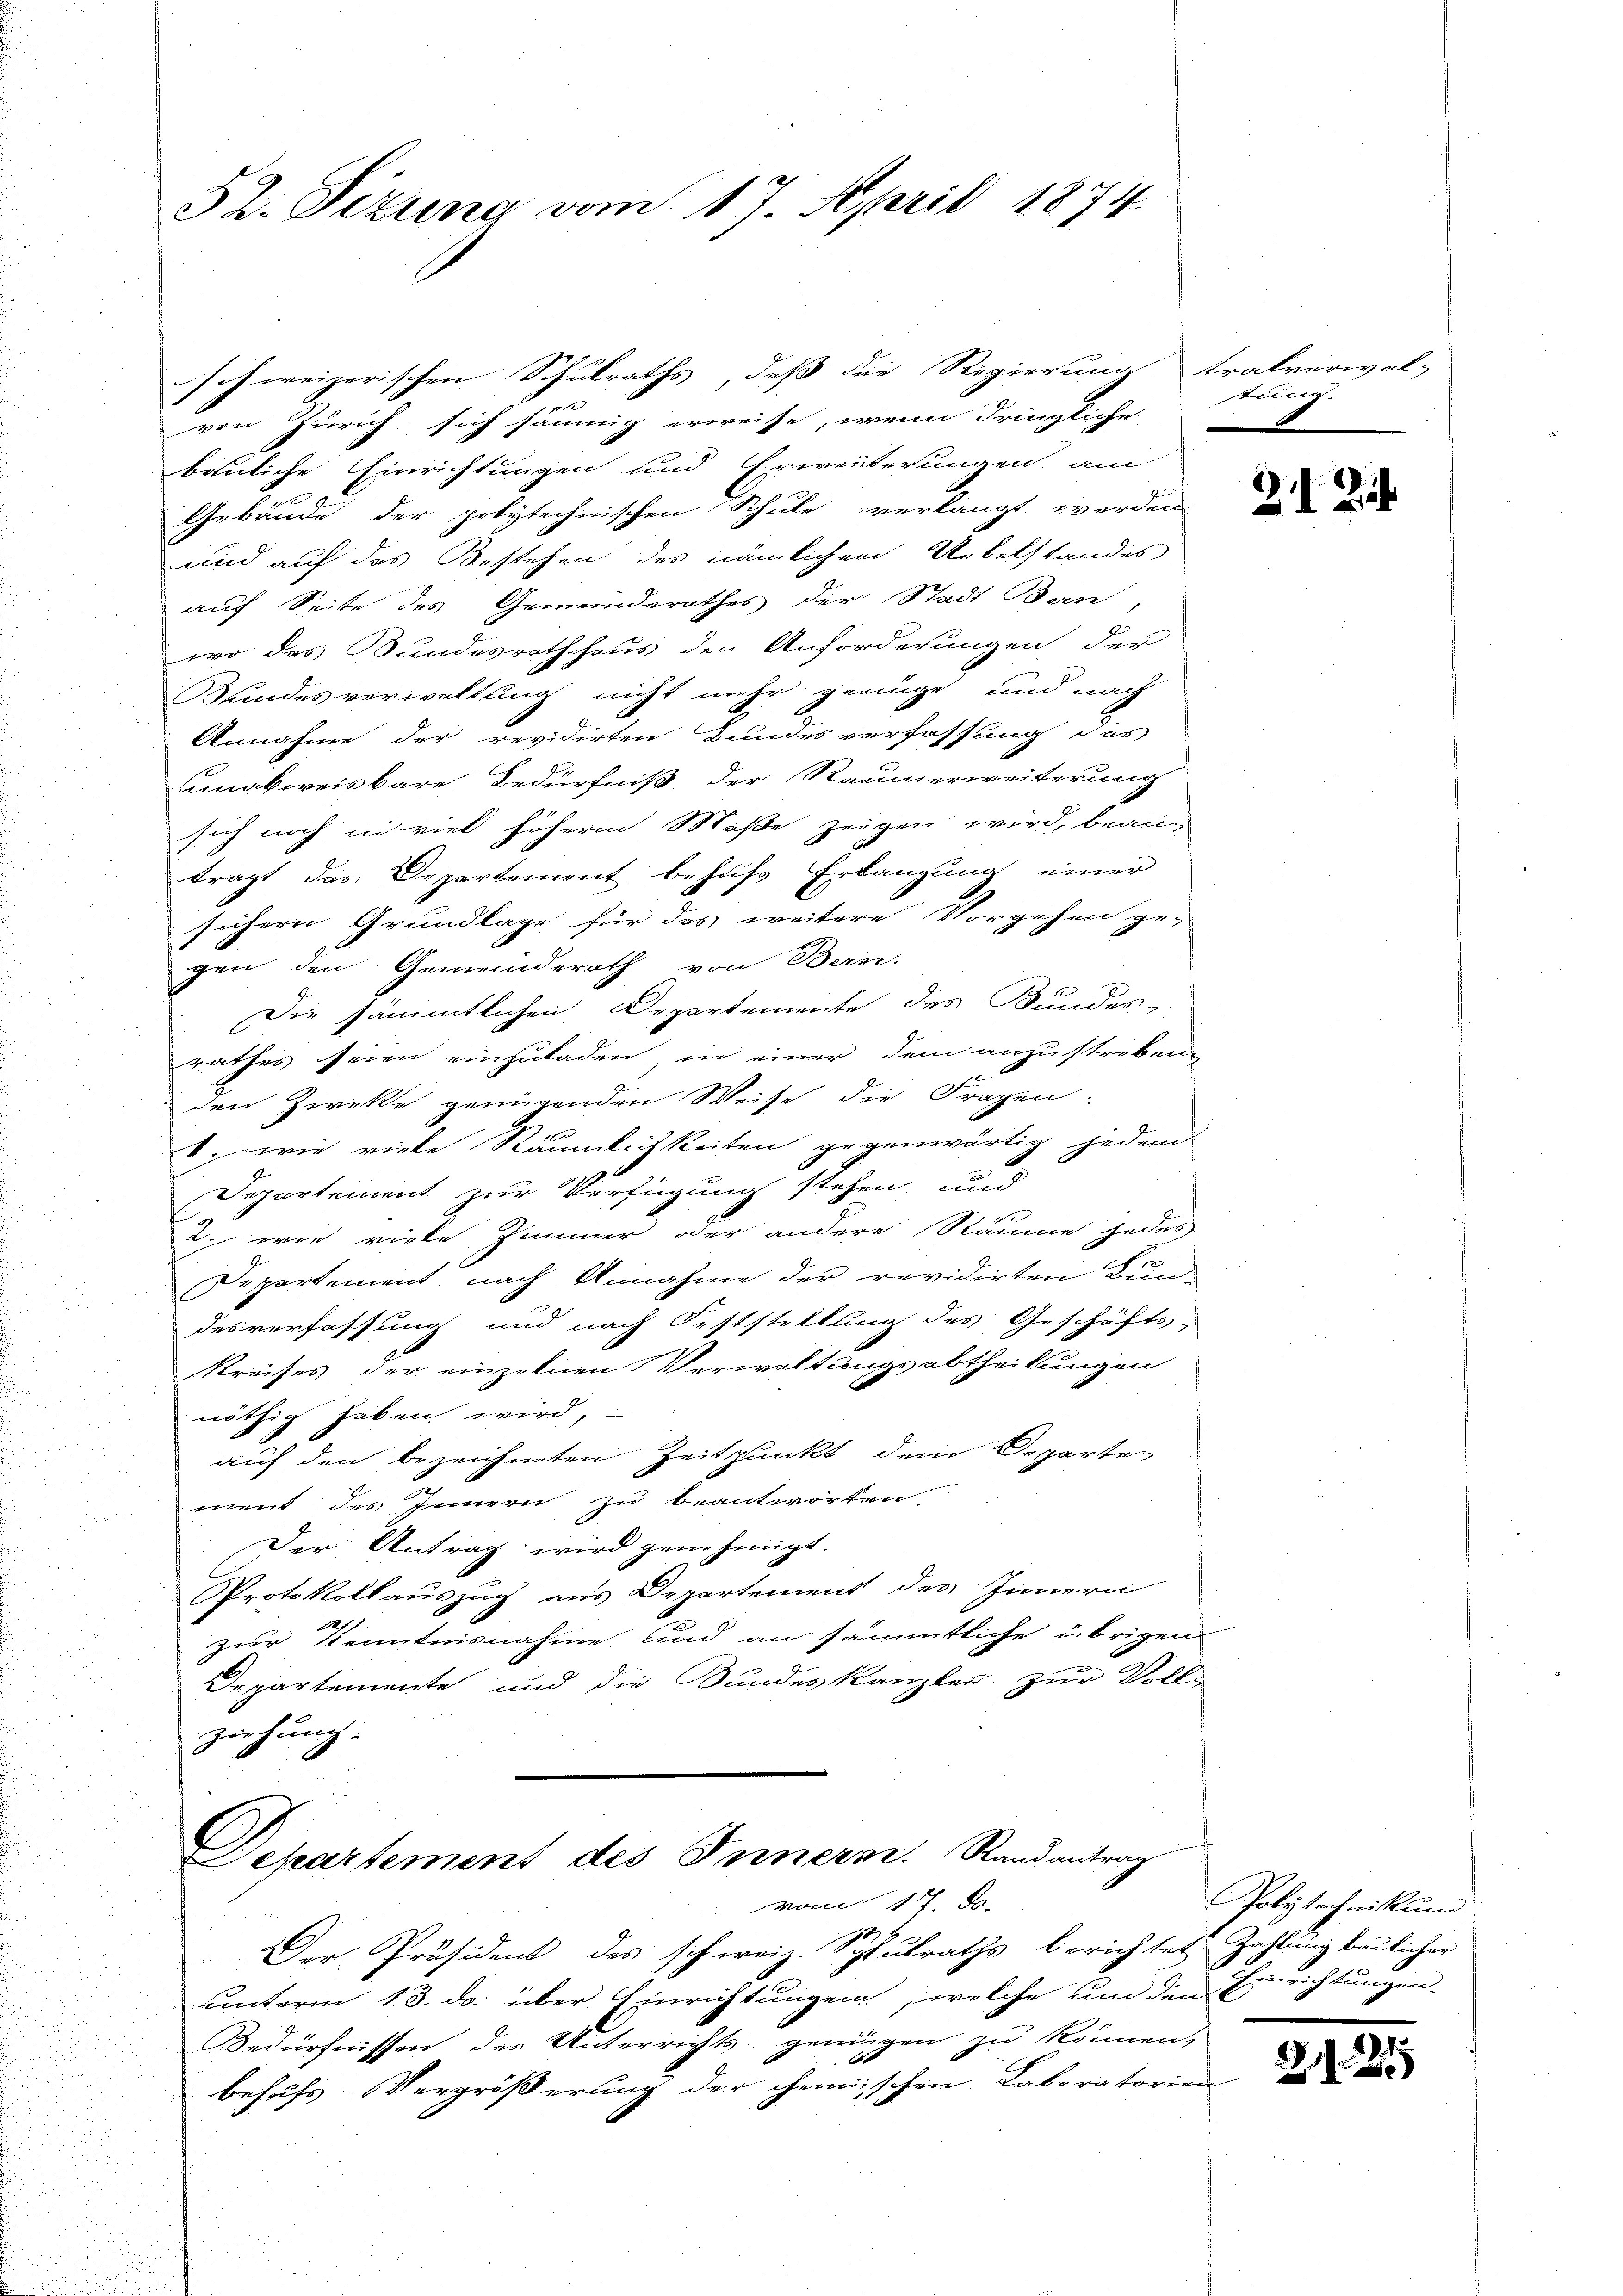
32. Sizung vom 17. April 1874.

schweizerischen Schulraths, daß die Regierung
von Zürich sich säumig erweise, wenn dringliche
bauliche Einrichtungen und Erweiterungen, am
Gebäude der polytechnischen Schule verlangt werden
und auf das Bestehen des nämlichen Uebelstandes
auf Seite des Gemeinderathes der Stadt Ban
wo das Bundesrathhaus den Anforderungen der
Mindesverwaltung nicht mehr genüge und nach
Annahme der revidirten Bundesverfassung das
nakweisbare Bedürfniß der Raumerweiterung
sich noch in viel höhern Maße zeigen wird, beanträgt das Departement behufs Erlangung einer
sichern Grundlage für das weitere Vorgehen ge-
gen den Gemeinderath von Bern.
Die sämmtlichen Departemente des Bundes-
rathes seien einzuladen, in einer dem anzustreben-
den Zwecke genügenden Weise die Fragen.
. wie viele Räumlichkeiten gegenwärtig jedem
Departement zur Verfügung stehen und
2. wie virke Zimmer oder andere Räume jedes
Departement nach Annahme der revidirten Bun-
desverfassung und nach Feststellung des Geschäfts-
kreises der einzelnen Verwaltungsabtheilungen
nöthig haben wird,
auf den bezeichneten Zeitpunkt dem Departen
ment des Innern zu beantworten,
Der Antrag wird genehmigt.
Protokollauszug aus Departement des Innern
2277.
zur Kenntnisnahme und an sämmtliche übrigen
Departemente und die Bundeskanzley zur Voll-
ziehung

Departement des Innern. Randantrag
vom 17. Je

tralverwaltung.

Der Präsident des schweiz. Schulraths berichtet Zahlung baulicher
unterm 13. ds. über Einrichtungen, welche um den Einrichtungen
Bedürfnissen der Unterrichts genügen zu können,
behufs Vergrößerung der chemischen Laboratorien

21 Zi

Polytechnikum

2121